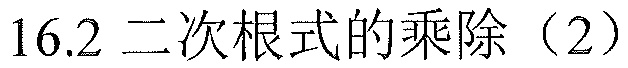
16.2 二次根式的乘除（2）